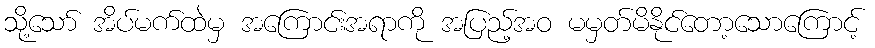
သို့သော် အိပ်မက်ထဲမှ အကြောင်းအရာကို အပြည့်အဝ မမှတ်မိနိုင်တော့သောကြောင့်